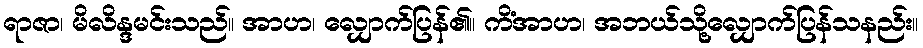
ရာဇာ၊ မိလိန္ဒမင်းသည်။ အာဟ၊ လျှောက်ပြန်၏။ ကိံအာဟ၊ အဘယ်သို့လျှောက်ပြန်သနည်း။